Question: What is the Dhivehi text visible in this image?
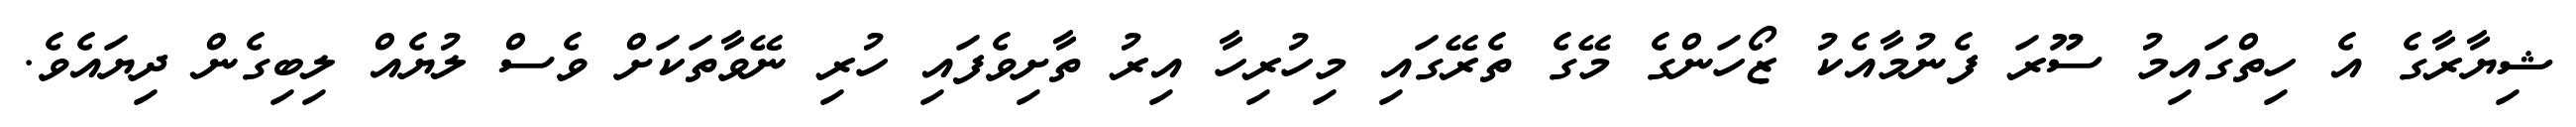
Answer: ޝިޔާރާގެ އެ ހިތްގައިމު ސޫރަ ފެނުމާއެކު ޒޯހަންގެ މޭގެ ތެރޭގައި މިހުރިހާ އިރު ތާށިވެފައި ހުރި ނޭވާތަކަށް ވެސް ލުޔެއް ލިބިގެން ދިޔައެވެ.